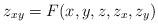
LaTeX: \begin{align*}z_{xy} = F(x,y,z,z_x,z_y)\end{align*}